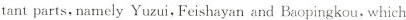
tant parts,namely Yuzui,Feishayan and Baopingkou, which